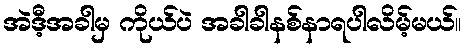
အဲဒီ့အခါမှ ကိုယ်ပဲ အခါခါနစ်နာရပါလိမ့်မယ်။